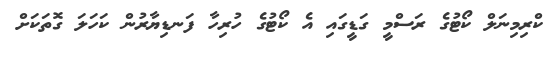
ކްރިމިނަލް ކޯޓުގެ ރަސްމީ ގަޑީގައި އެ ކޯޓުގެ ހުރިހާ ފަނޑިޔާރުން ކަހަލަ ގޮތަކަށް